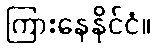
ကြားနေနိုင်ငံ။